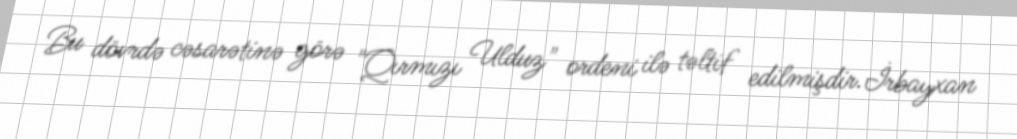
Bu dövrdə cəsarətinə görə "Qırmızı Ulduz" ordeni ilə təltif edilmişdir.İrbayxan